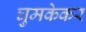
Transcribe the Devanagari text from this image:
घुमकेकर